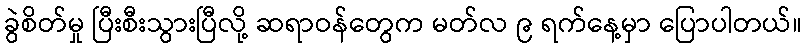
ခွဲစိတ်မှု ပြီးစီးသွားပြီလို့ ဆရာဝန်တွေက မတ်လ ၉ ရက်နေ့မှာ ပြောပါတယ်။